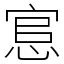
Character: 悹